Vaccination report Assam 1896-1927 - 1896-1927
Year: 1896
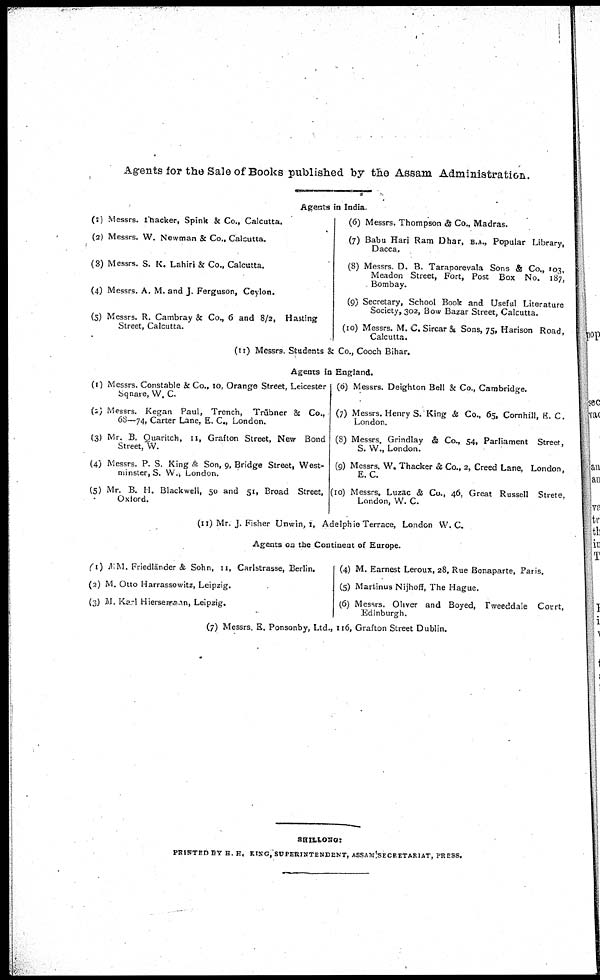
Agents for the Sale of Books published by the Assam Administration.
Agents in India.
(1) Messrs. Thacker, Spink & Co., Calcutta.
(2) Messrs. W. Newman & Co., Calcutta.
(3) Messrs. S. K. Lahiri & Co., Calcutta.
(4) Messrs. A. M. and J. Ferguson, Ceylon.
(5) Messrs. R. Cambray & Co., 6 and 8/2, Hasting
Street, Calcutta.
(6) Messrs. Thompson & Co., Madras.
(7) Babu Hari Ram Dhar, B.A., Popular Library,
Dacca.
(8) Messrs. D. B. Taraporevala Sons & Co., 103,
Meadon Street, Fort, Post Box No. 187,
Bombay.
(9) Secretary, School Book and Useful Literature
Society, 302, Bow Bazar Street, Calcutta.
(10) Messrs. M. C. Sircar & Sons, 75, Harison Road,
Calcutta.
(11) Messrs. Students & Co., Cooch Bihar.
Agents in England.
(1) Messrs. Constable & Co., 10, Orange Street, Leicester
Sqnare, W. C.
(2) Messrs. Kegan Paul, Trench, Trübner & Co.,
68—74, Carter Lane, E. C., London.
(3) Mr. B. Quaritch, 11, Grafton Street, New Bond
Street, W.
(4) Messrs. P. S. King & Son, 9, Bridge Street, West-
minster, S. W., London.
(5) Mr. B. H. Blackwell, 50 and 51, Broad Street,
Oxford.
(6) Messrs. Deighton Bell & Co., Cambridge.
(7) Messrs. Henry S. King & Co., 65, Cornhill, E. C.
London.
(8) Messrs. Grindlay & Co., 54, Parliament Street,
S. W., London.
(9) Messrs. W. Thacker & Co., 2, Creed Lane, London,
E. C.
(10) Messrs. Luzac & Co., 46, Great Russell Strete,
London, W. C.
(11) Mr. J. Fisher Unwin, 1, Adelphie Terrace, London W. C
Agents on the Continent of Europe.
(1) MM. Friedlander & Sohn, 11, Carlstrasse, Berlin.
(2) M. Otto Harrassowitz, Leipzig.
(3) M. Kazi Hierserran, Leipzig.
(4) M. Earnest Leroux, 28, Rue Bonaparte, Paris.
(5) Martinus Nijhoff, The Hague.
(6) Messrs. Oliver and Boyed, Tweeddale Court,
Edinburgh.
(7) Messrs. E. Ponsonby, Ltd., 116, Grafton Street Dublin.
SHILLONG:
PRINTED BY H. H. KING, SUPERINTENDENT, ASSAM SECRETARIAT, PRESS.